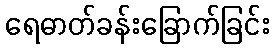
ရေဓာတ်ခန်းခြောက်ခြင်း